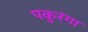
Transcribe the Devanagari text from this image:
पकुरंगा